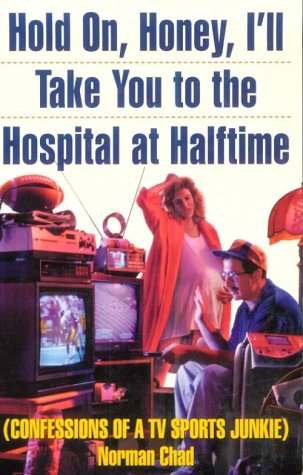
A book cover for Hold On, Honey, I'll Take You to the Hospital at Halftime: Confessions of a TV Sports Junkie; Norman Chad; Sports & Outdoors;